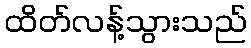
ထိတ်လန့်သွားသည်